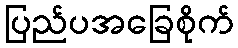
ပြည်ပအခြေစိုက်